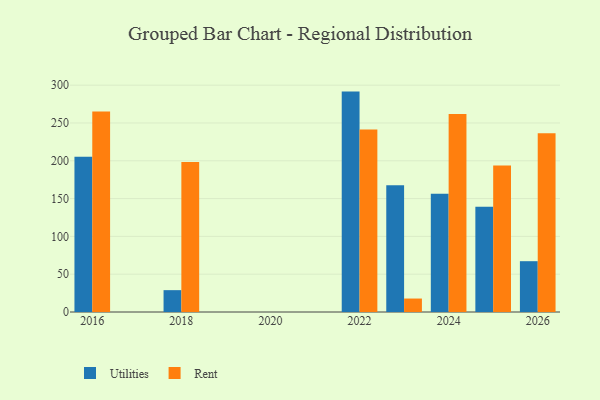
{"axis": {"x": "Year", "y": "Market Share (%)"}, "legend": ["Rent", "Utilities"], "data": [{"x": "2018", "y": 28.9, "type": "Utilities"}, {"x": "2018", "y": 198.5, "type": "Rent"}, {"x": "2026", "y": 67.2, "type": "Utilities"}, {"x": "2026", "y": 236.3, "type": "Rent"}, {"x": "2016", "y": 205.4, "type": "Utilities"}, {"x": "2016", "y": 265.1, "type": "Rent"}, {"x": "2022", "y": 291.5, "type": "Utilities"}, {"x": "2022", "y": 241.5, "type": "Rent"}, {"x": "2023", "y": 167.7, "type": "Utilities"}, {"x": "2023", "y": 17.8, "type": "Rent"}, {"x": "2024", "y": 156.5, "type": "Utilities"}, {"x": "2024", "y": 261.9, "type": "Rent"}, {"x": "2025", "y": 139.2, "type": "Utilities"}, {"x": "2025", "y": 193.6, "type": "Rent"}]}